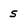
Character: s